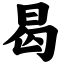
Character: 曷